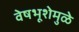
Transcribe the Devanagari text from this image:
वेषभूशेमुळे